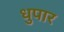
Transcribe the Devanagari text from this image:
धुपार